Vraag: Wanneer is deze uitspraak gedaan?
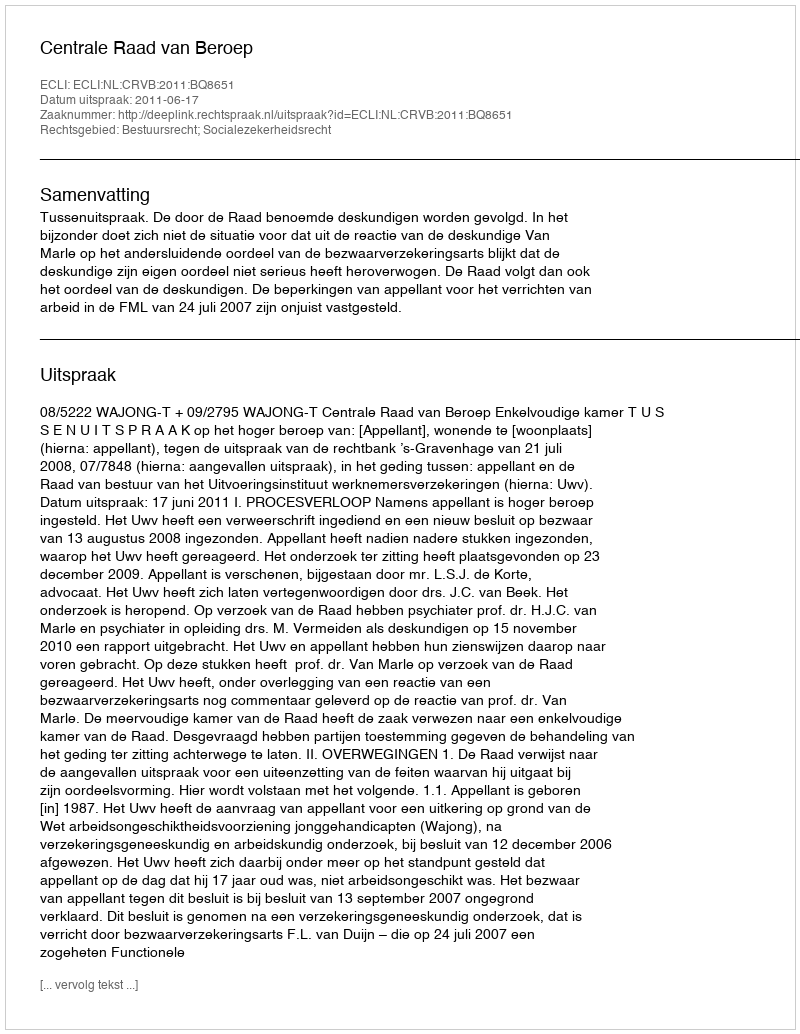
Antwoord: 2011-06-17